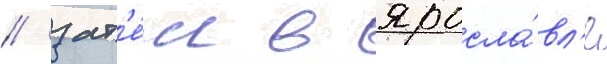
/ зат'е́м в яросла́вл'е